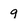
Character: 9